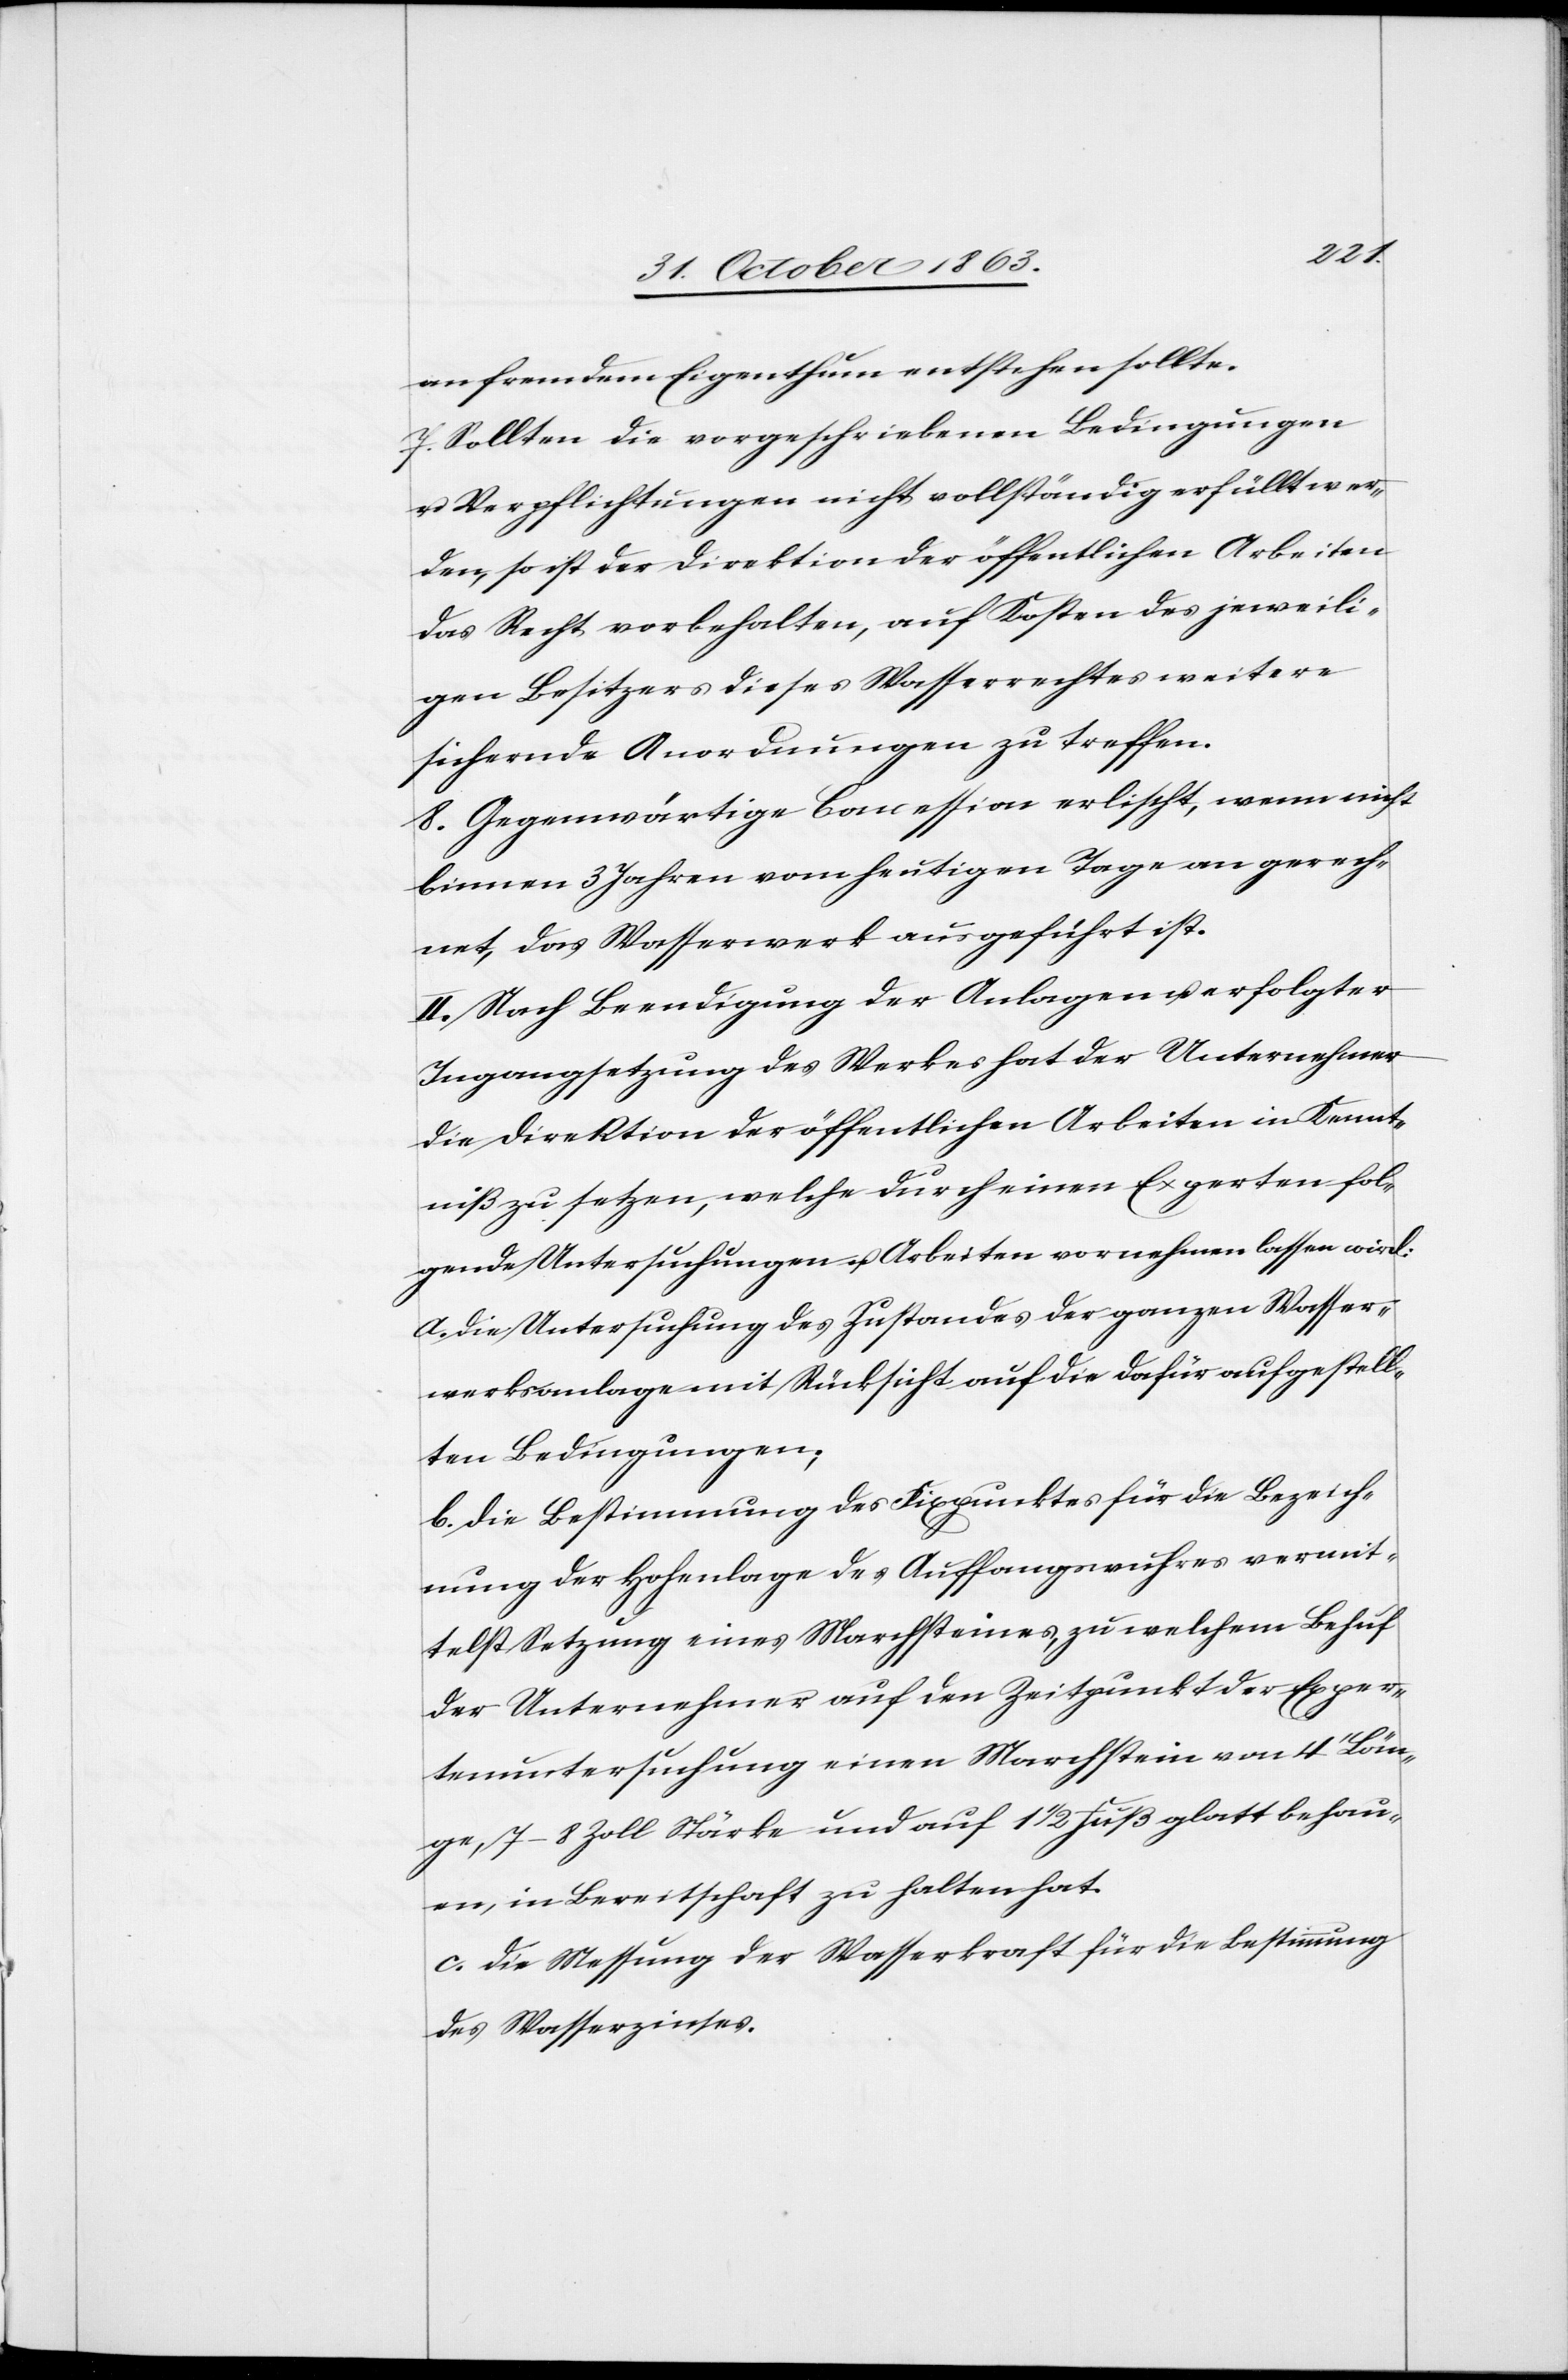
an fremdem Eigenthum entstehen sollte.
7. Sollten die vorgeschriebenen Bedingungen
u. Verpflichtungen nicht vollständig erfüllt wer¬
den, so ist der Direktion der öffentlichen Arbeiten
das Recht vorbehalten, auf Kosten des jeweili¬
gen Besitzers dieses Wasserrechtes weitere
sichernde Anordnungen zu treffen.
8. Gegenwärtige Concession erlischt, wenn nicht
binnen 3 Jahren vom heutigen Tage an gerech¬
net, das Wasserwerk ausgeführt ist.
II. Nach Beendigung der Anlagen u. erfolgter
Ingangsetzung des Werkes hat der Unternehmer
die Direktion der öffentlichen Arbeiten in Kennt¬
niß zu setzen, welche durch einen Experten fol¬
gende Untersuchungen u. Arbeiten vornehmen lassen wird:
a. die Untersuchung des Zustandes der ganzen Wasser¬
werksanlage mit Rücksicht auf die dafür aufgestell¬
ten Bedingungen;
b. die Bestimmung des Fixpunktes für die Bezeich¬
nung der Hohenlage des Auffangswuhres vermit¬
telst Setzung eines Marchsteines, zu welchem Behuf
der Unternehmer auf den Zeitpunkt der Exper¬
tenuntersuchung einen Marchstein von 4' Län¬
ge, 7–8 Zoll Stärke und auf 1 1/2 Fuß glatt behau¬
en, in Bereitschaft zu halten hat.
c. die Messung der Wasserkraft für die Bestimmung
des Wasserzinses.